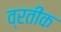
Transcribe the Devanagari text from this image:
व्रतीक